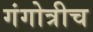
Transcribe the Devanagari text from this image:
गंगोत्रीच